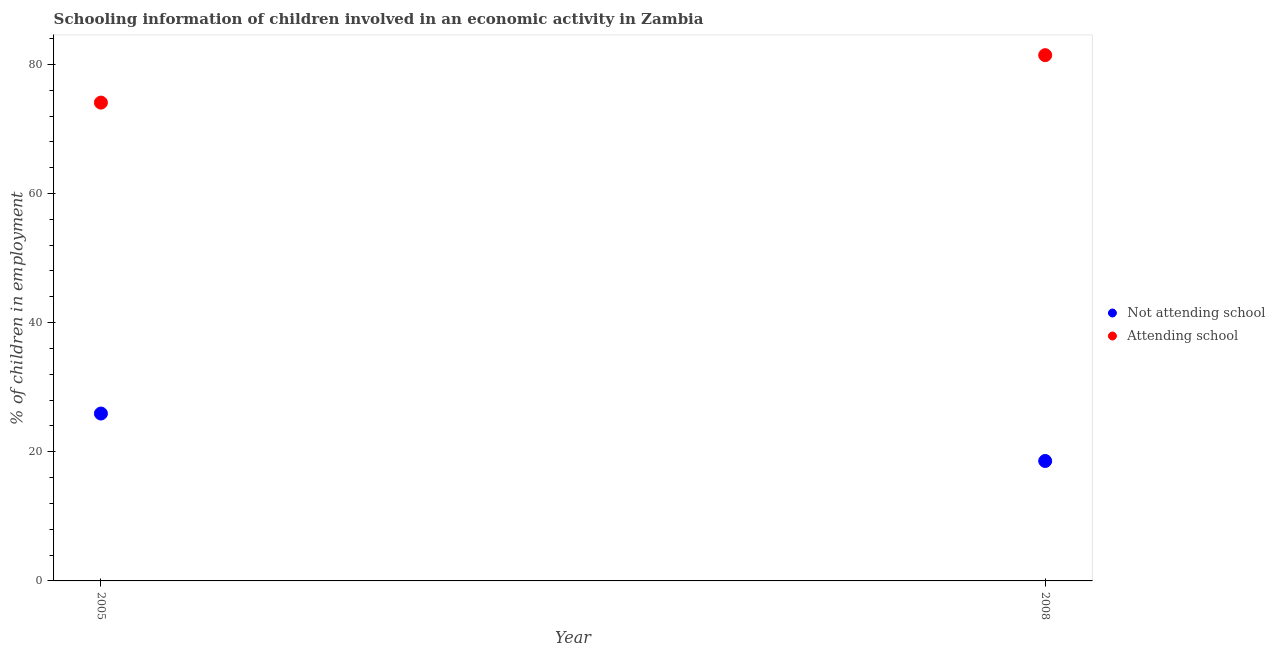
| Year | Not attending school | Attending school |
 | --- | --- | --- |
 | 2005 | 25.9 | 74.1 |
 | 2008 | 18.6 | 81.4 |